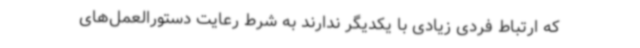
که ارتباط فردی زیادی با یکدیگر ندارند به شرط رعایت دستورالعمل‌های